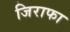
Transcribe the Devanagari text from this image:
जिराफा